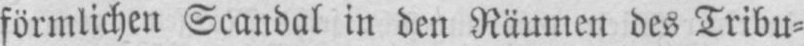
förmlichen Scandal in den Räumen des Tribu⸗